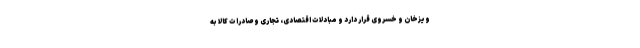
ویزخان و خسروی قرار دارد و مبادلات اقتصادی، تجاری و صادرات کالا به